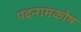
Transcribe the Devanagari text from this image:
पदनामकोष